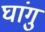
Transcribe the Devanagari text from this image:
घांगु